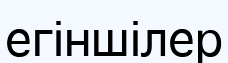
егіншілер